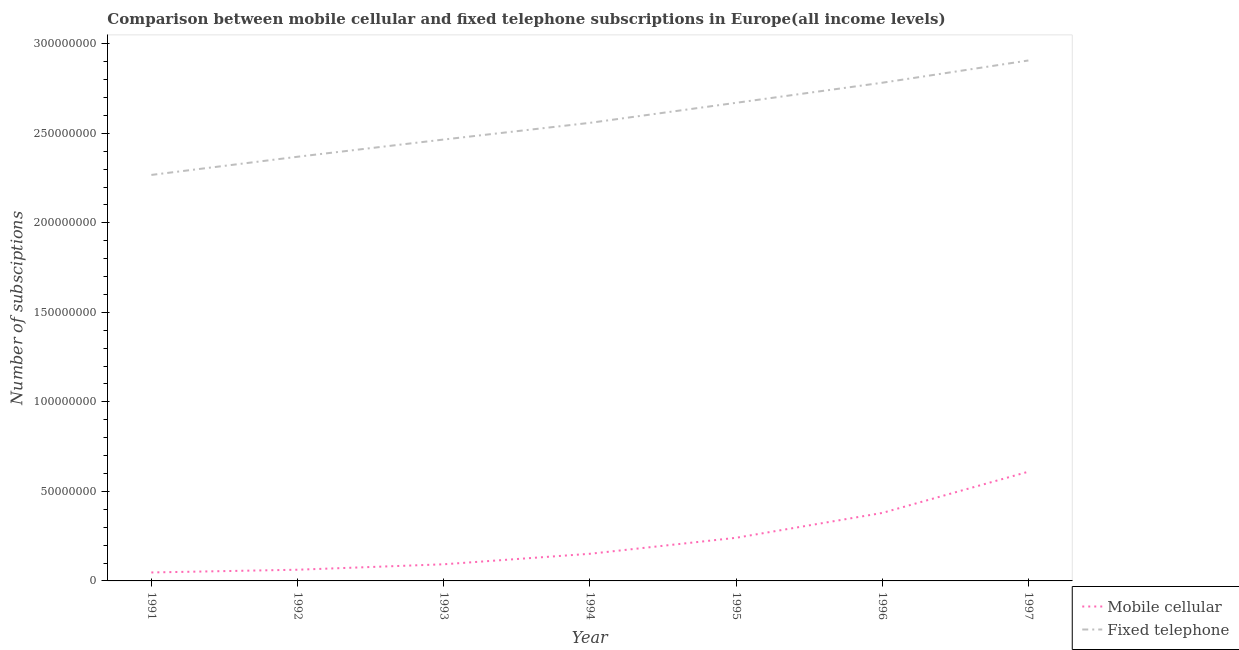
| Year | Mobile cellular | Fixed telephone |
 | --- | --- | --- |
 | 1991 | 4.72e+06 | 2.27e+08 |
 | 1992 | 6.25e+06 | 2.37e+08 |
 | 1993 | 9.29e+06 | 2.47e+08 |
 | 1994 | 1.52e+07 | 2.56e+08 |
 | 1995 | 2.41e+07 | 2.67e+08 |
 | 1996 | 3.8e+07 | 2.78e+08 |
 | 1997 | 6.1e+07 | 2.91e+08 |